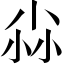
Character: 尛